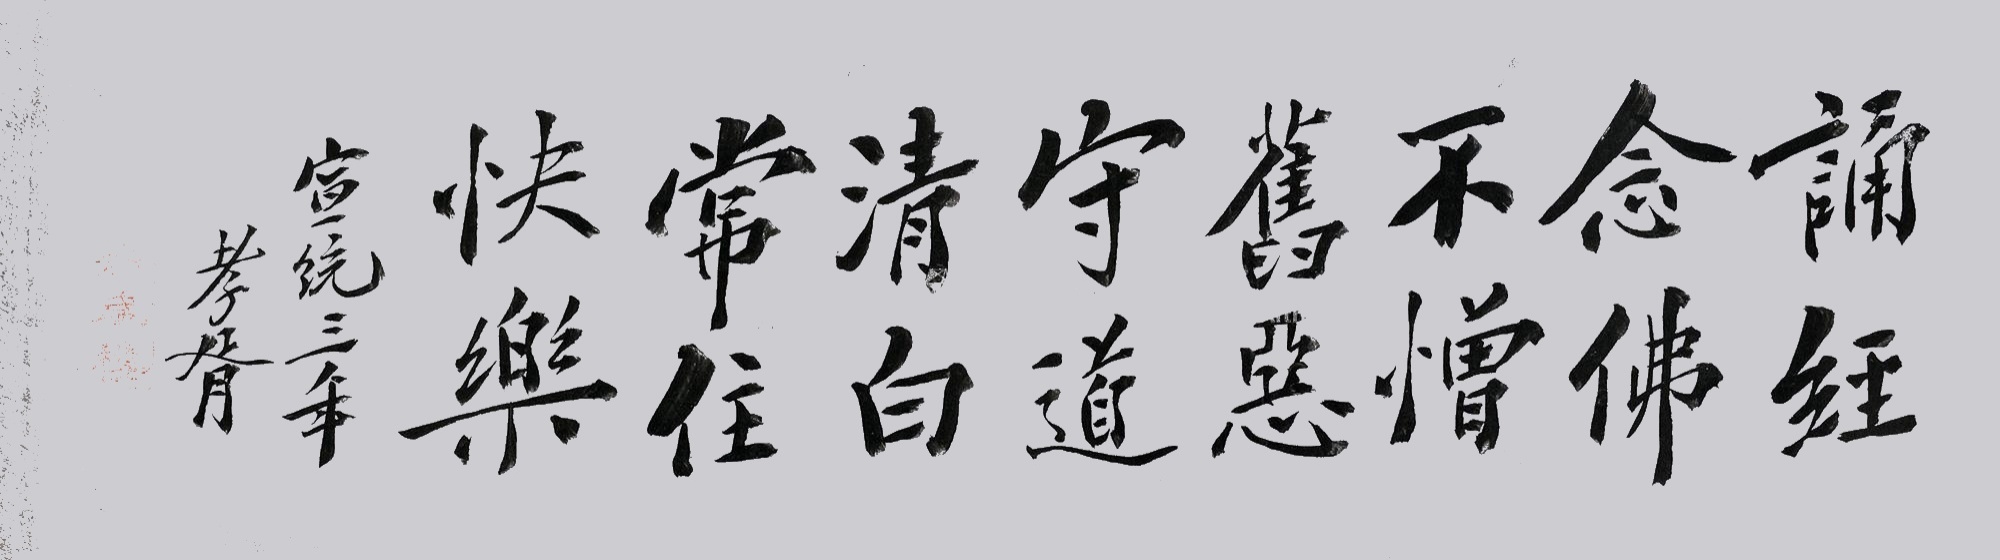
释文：诵经念佛，不憎旧恶，守道清白，常住快乐。宣统三年，孝胥。